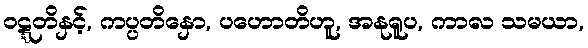
ဝဋ္ဋတိနှင့်, ကပ္ပတိနှော, ပဟောတိဟူ, အနုရူပ, ကာလ သမယာ,